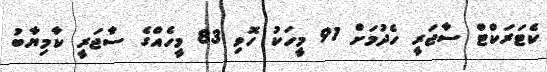
ކެޓަރަކްޓް ސާޖަރީ ހެދުމަށް 91 މީހަކު ހޮވި 83 މީހެއްގެ ސާޖަރީ ކާމިޔާބު